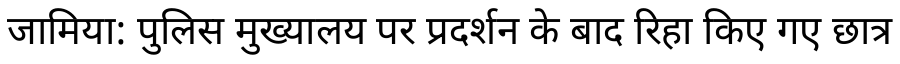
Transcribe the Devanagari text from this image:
जामिया: पुलिस मुख्यालय पर प्रदर्शन के बाद रिहा किए गए छात्र